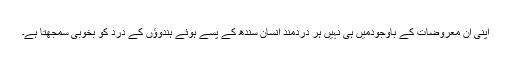
اپنی ان معروضات کے باوجودمیں ہی نہیں ہر دردمند انسان سندھ کے پسے ہوئے ہندوؤں کے درد کو بخوبی سمجھتا ہے۔